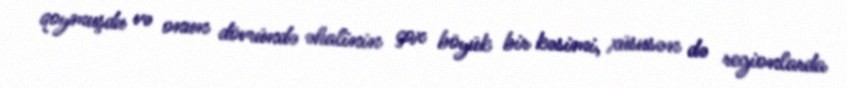
qoymuşdu və onun dövründə əhalinin çox böyük bir kəsimi, xüsusən də regionlarda